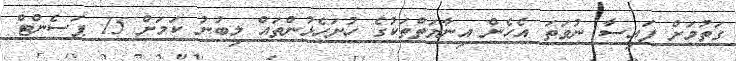
ގަތުމަށް ފައިސާ ނުވަތަ އެހެން އިނާޔަތްތަކުގެ ހުށަހެޅުންތައް ލިބުނު ކަމަށް 15 ޕަސެންޓް